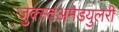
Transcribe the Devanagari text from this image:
जुक्स्तअमेडयुलरी